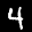
Label: 4